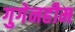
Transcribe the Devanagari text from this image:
गुगेनहीम